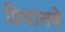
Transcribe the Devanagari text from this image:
छियानवे